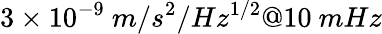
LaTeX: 3\times 10^{-9}\ m/s^{2}/Hz^{1/2}@10\ mHz